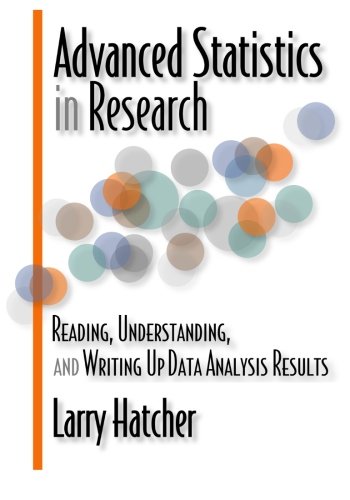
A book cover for Advanced Statistics in Research: Reading, Understanding, and Writing Up Data Analysis Results; Larry Hatcher; Science & Math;